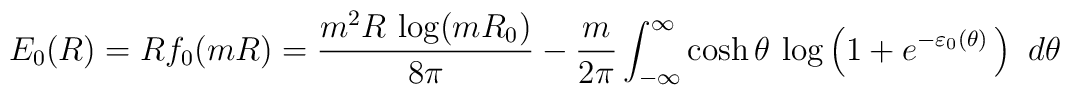
E_{0}(R)= Rf_0(mR)={m^2 R\,\log(m R_0)\over8\pi}-\frac{m}{2 \pi}\int_{- \infty}^{\infty}\cosh\theta\,\log\left(\rule{0mm}{4mm}1+ e^{-\varepsilon_0(\theta)}\,\right)\,\, d\theta